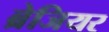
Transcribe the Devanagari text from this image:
ब्रेजियर